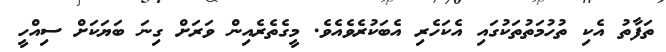
ތަފާތު އެކި ތުހުމަތުތަކުގައި އެކަހެރި އެބަކުރެވެއެވެ. މީގެތެރެއިން ވަރަށް ގިނަ ބަޔަކަށް ސިއްހީ